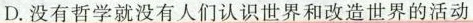
D.没有哲学就没有人们认识世界和改造世界的活动